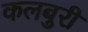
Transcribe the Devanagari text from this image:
कलबुरी